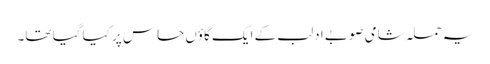
یہ حملہ شامی صوبے ادلب کے ایک گاؤں حاس پر کیا گیا تھا۔